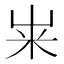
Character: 𫂳